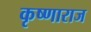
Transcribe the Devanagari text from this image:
कृष्णाराज